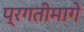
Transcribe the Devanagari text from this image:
प्रगतीमागे